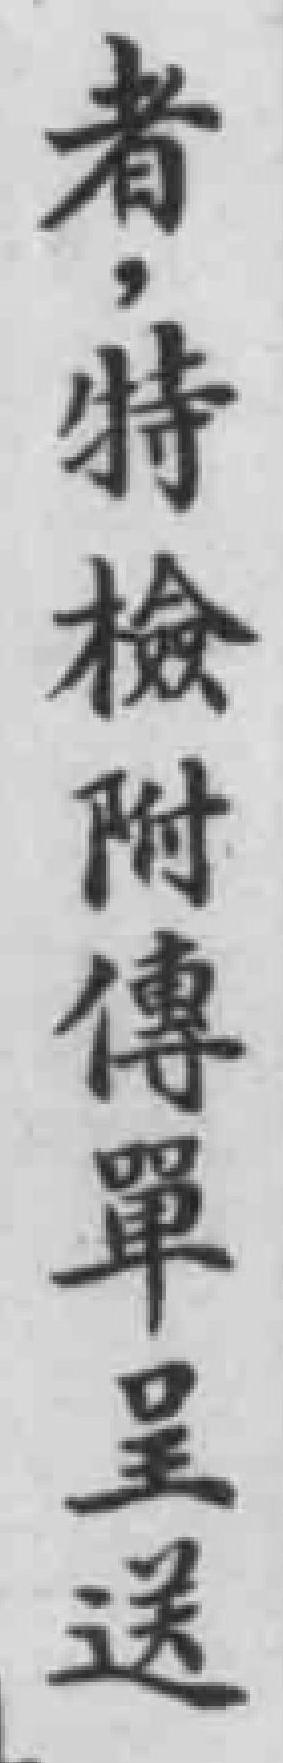
者，特檢附傳單呈送